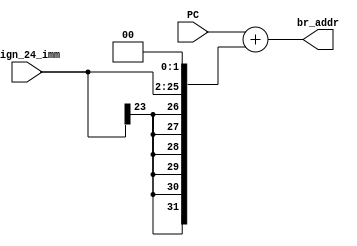
module adder_addr(
    PC,
    sign_24_imm,
    br_addr
);
    input[31:0] PC;
    input[23:0] sign_24_imm;
    output[31:0] br_addr;
    wire[31:0] branch;

    assign branch = ({{8{sign_24_imm[23]}}, sign_24_imm}) << 2'b10;
    assign br_addr = PC + branch;
endmodule